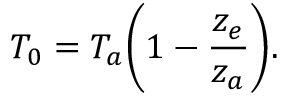
T _ { 0 } = T _ { a } \bigg ( 1 - { \frac { z _ { e } } { z _ { a } } } \bigg ) .